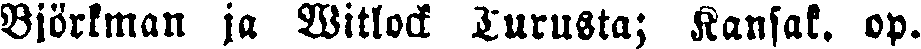
Biörkman ja Witlock Turusta; Kansak. op.